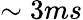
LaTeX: \sim 3ms